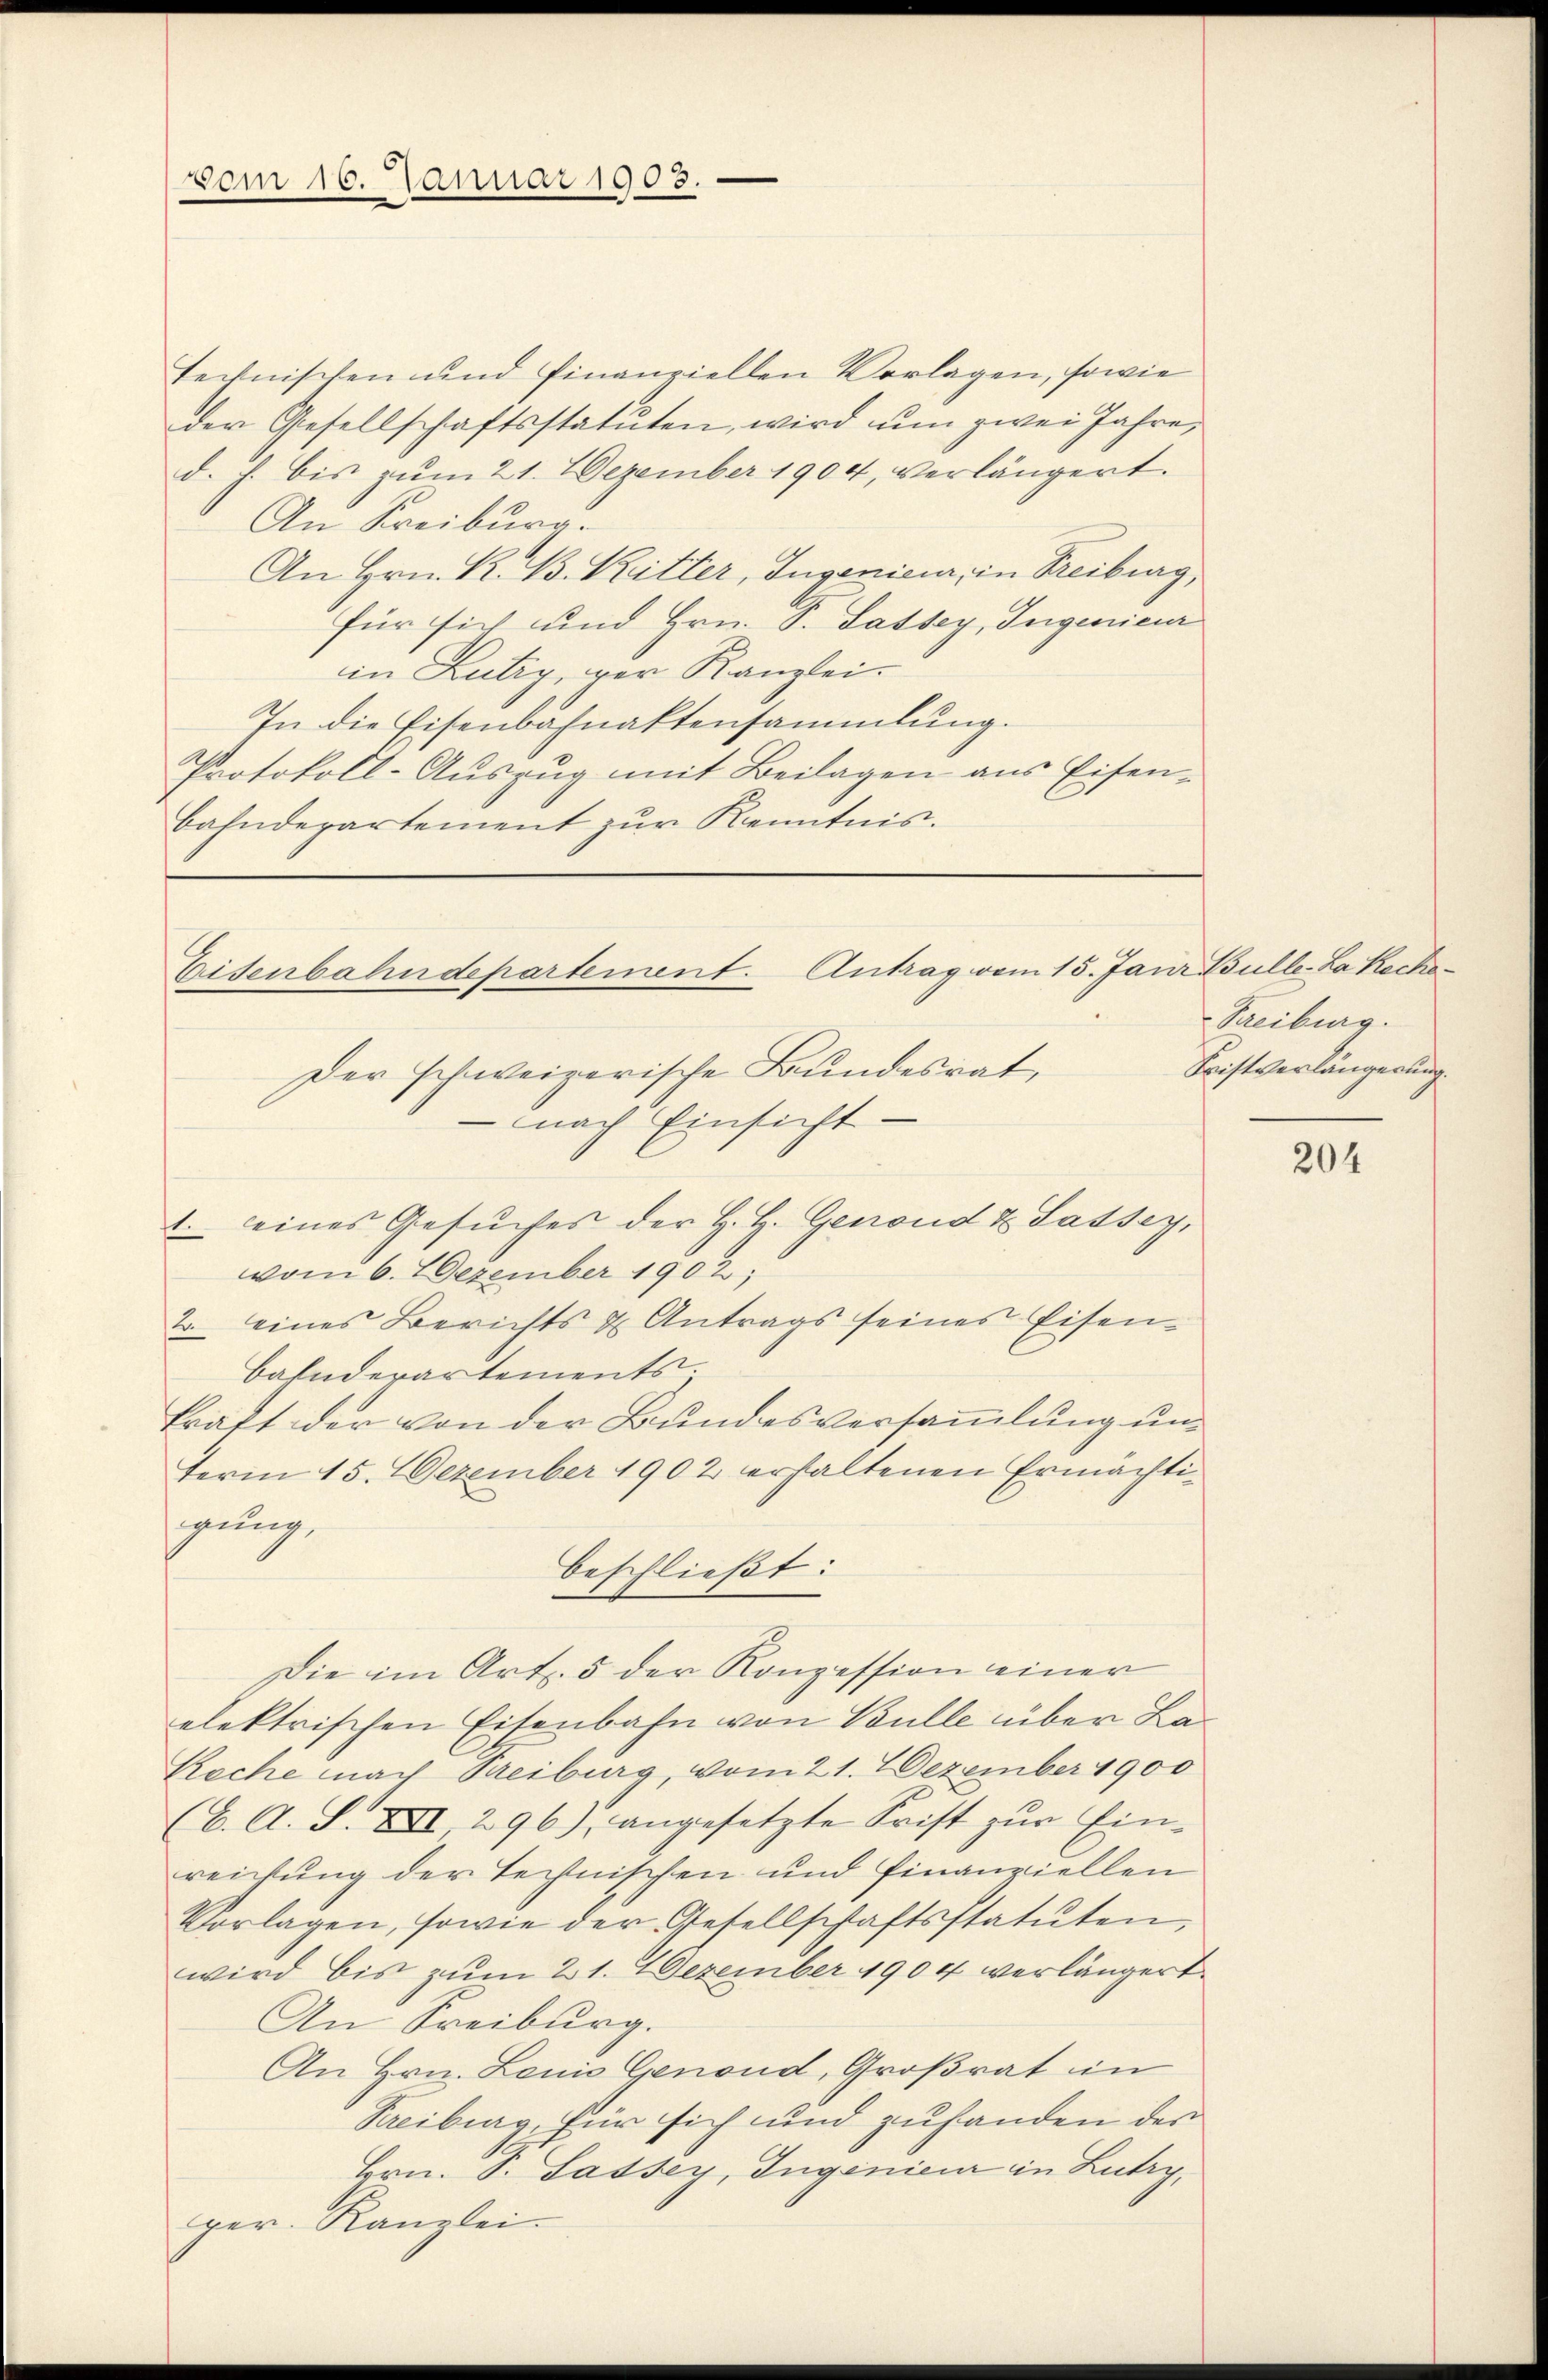
vom 10. Januar 1903.

technischen und finanziellen Vorlagen, sowie
der Gesellschaftsstatuten, wird um zwei Jahre,
d. h. bis zum 21. Dezember 1904, verlängert.
An Kreiburg.
An Hrn. K. B. Ritter, Ingenieur, in Freiburg,
für sich und Hrn. S. Lassey, Ingenieur
in Lutry, wer Kanzlei.
In die Eisenbahnaktensammlung.
Protokoll-Auszug mit Beilagen aus Eisenbahndepartement zur Kenntnis.

Der schweizerische Bundesrat,
nach Einsicht
1. eines Gesuches der H. H. Genoud & Lassey,
vom 6. Dezember 1902;
2. eines Berichts & Antrags seines Eisen¬
Bahnderartements.
kraft der von der Bundesversammlung unterm 15. Dezember 1902 erhaltenen Ermächtigung,
beschließt:
Die im Art. 5 der Konzession einer
elektrischen Eisenbahn von Bulle über La¬
Kache nach Treiburg, vom 21. Dezember 1900
(6. A. S. XXII 296) angesetzte Frist zur Einreichung der technischen und finanziellen
Vorlagen, sowie der Gesellschaftsstatuten,
wird bis zum 21. 7 Dezember 1904 verlängert
An Freiburg.
An Hrn. Leni Genond, Großrat im
Kreiburg, für sich und zuhanden der
Hrn. S. Sassey, Ingenieur in Lutry,
per. Kanzlei-

Eisenbahndepartement. Antrag vom 15. Janr Bulle. La Reche

Streiburg.
Fristverlängerung.

204